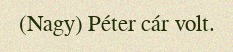
(Nagy) Péter cár volt.